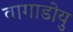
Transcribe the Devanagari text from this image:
वागाडोयु